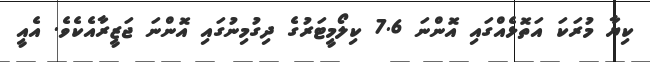
ކިޔާ މުރަކަ އަތޮޅެއްގައި އޮންނަ 7.6 ކިލޯމީޓަރުގެ ދިގުމިނުގައި އޮންނަ ޖަޒީރާއެކެވެ. އެއީ